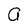
Character: a